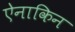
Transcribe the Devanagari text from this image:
ऐनाकिन